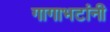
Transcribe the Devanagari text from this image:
गागाभटांनी